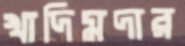
খাদিমদার